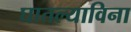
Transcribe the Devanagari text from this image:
घातल्याविना